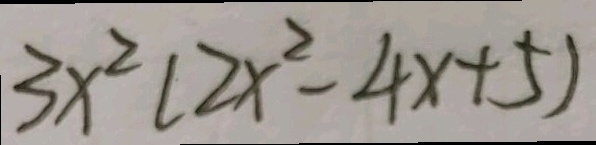
3 x ^ { 2 } ( 2 x ^ { 2 } - 4 x + 5 )